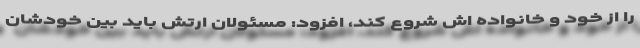
را از خود و خانواده اش شروع کند، افزود: مسئولان ارتش باید بین خودشان